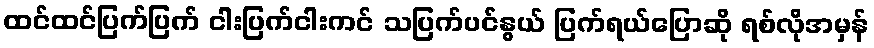
ထင်ထင်ပြက်ပြက် ငါးပြက်ငါးကင် သပြက်ပင်နွယ် ပြက်ရယ်ပြောဆို ရစ်လိုအမှန်